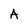
Character: A